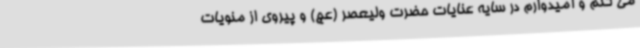
می کنم و امیدوارم در سایه عنایات حضرت ولیعصر (عج) و پیروی از منویات